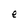
Character: e